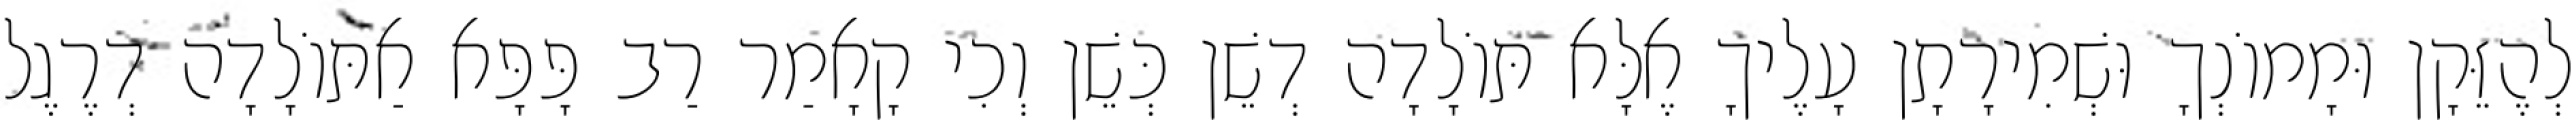
לְהֶזֵּקָן וּמָמוֹנְךָ וּשְׁמִירָתָן עָלֶיךָ אֶלָּא תּוֹלָדָה דְשֵׁן כְּשֵׁן וְכִי קָאָמַר רַב פָּפָּא אַתּוֹלָדָה דְרֶגֶל